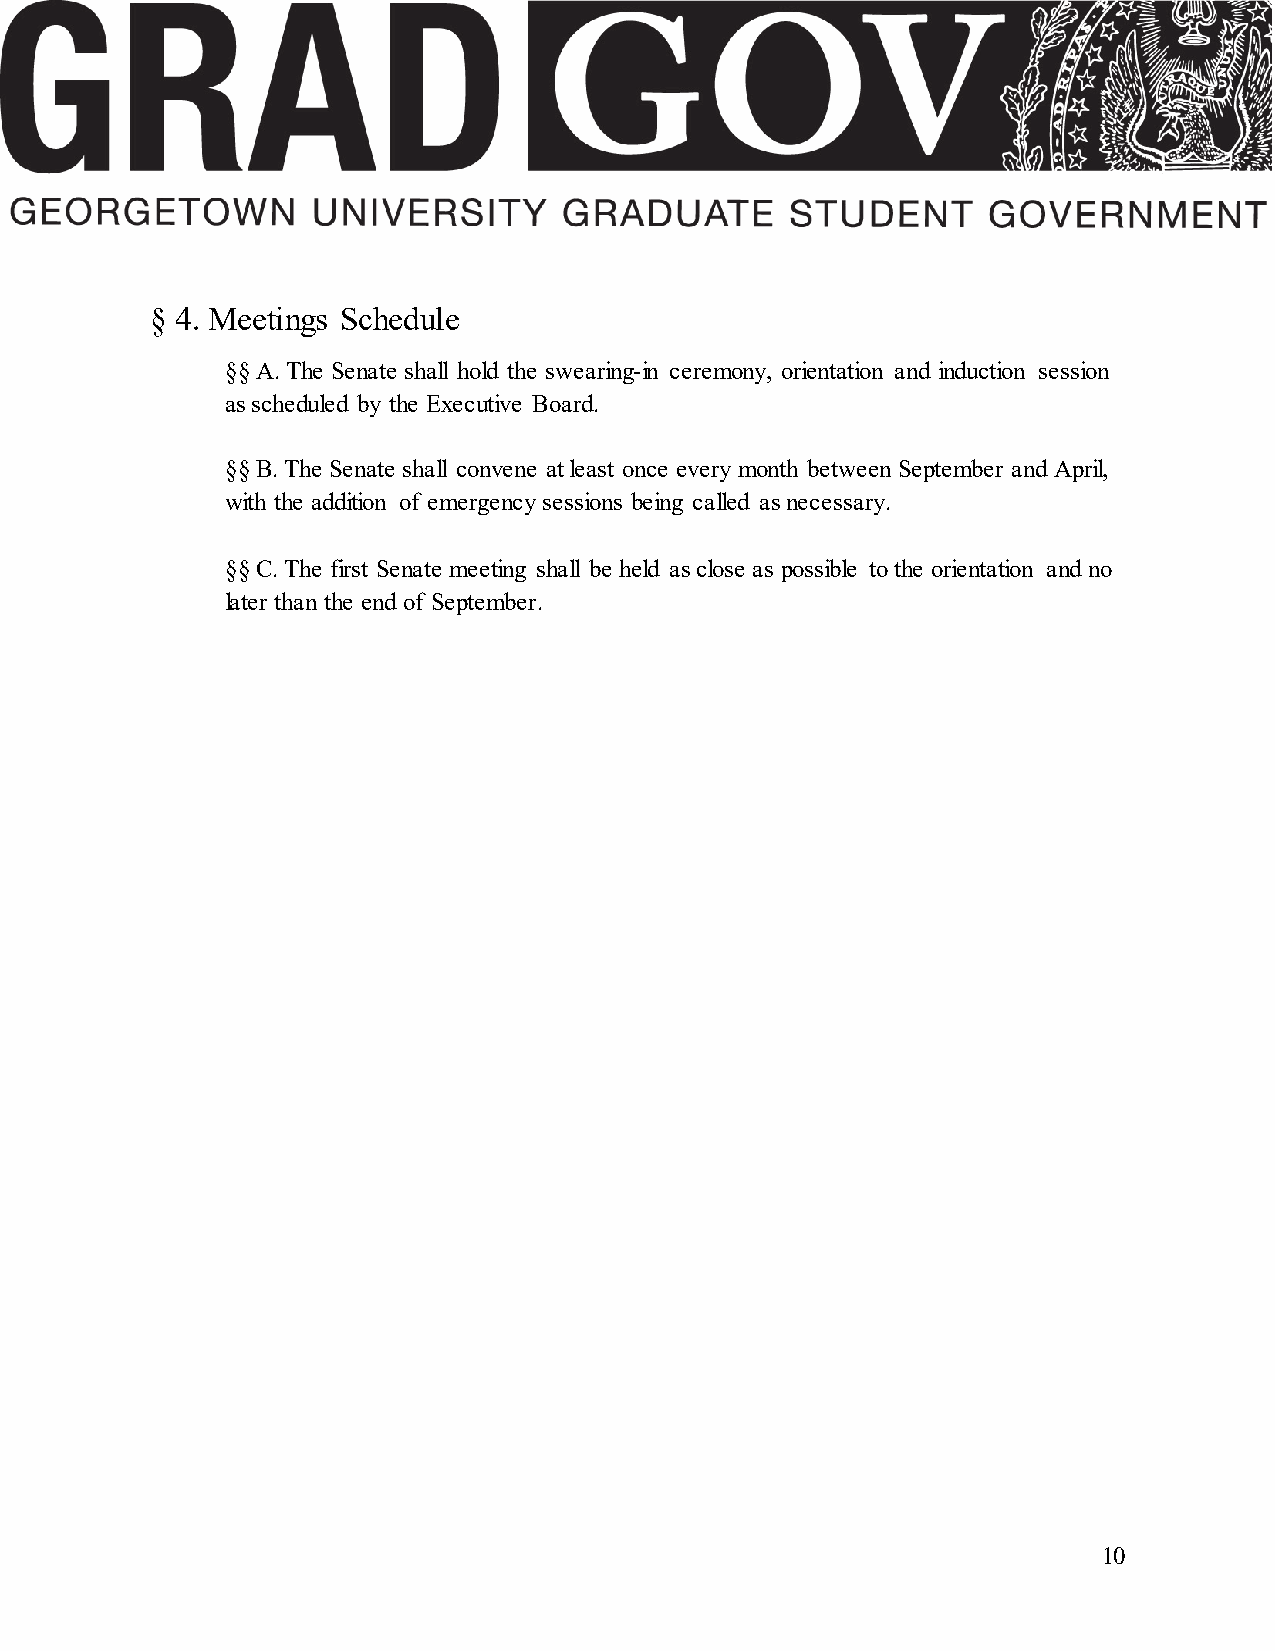
§ 4. Meetings Schedule
 §§ A. The Senate shall hold the swearing-in ceremony, orientation and induction session
 as scheduled by the Executive Board.
 §§ B. The Senate shall convene at least once every month between September and April,
 with the addition of emergency sessions being called as necessary.
 §§ C. The first Senate meeting shall be held as close as possible to the orientation and no
 later than the end of September.
 10